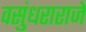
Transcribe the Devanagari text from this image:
वसुंधराराजे